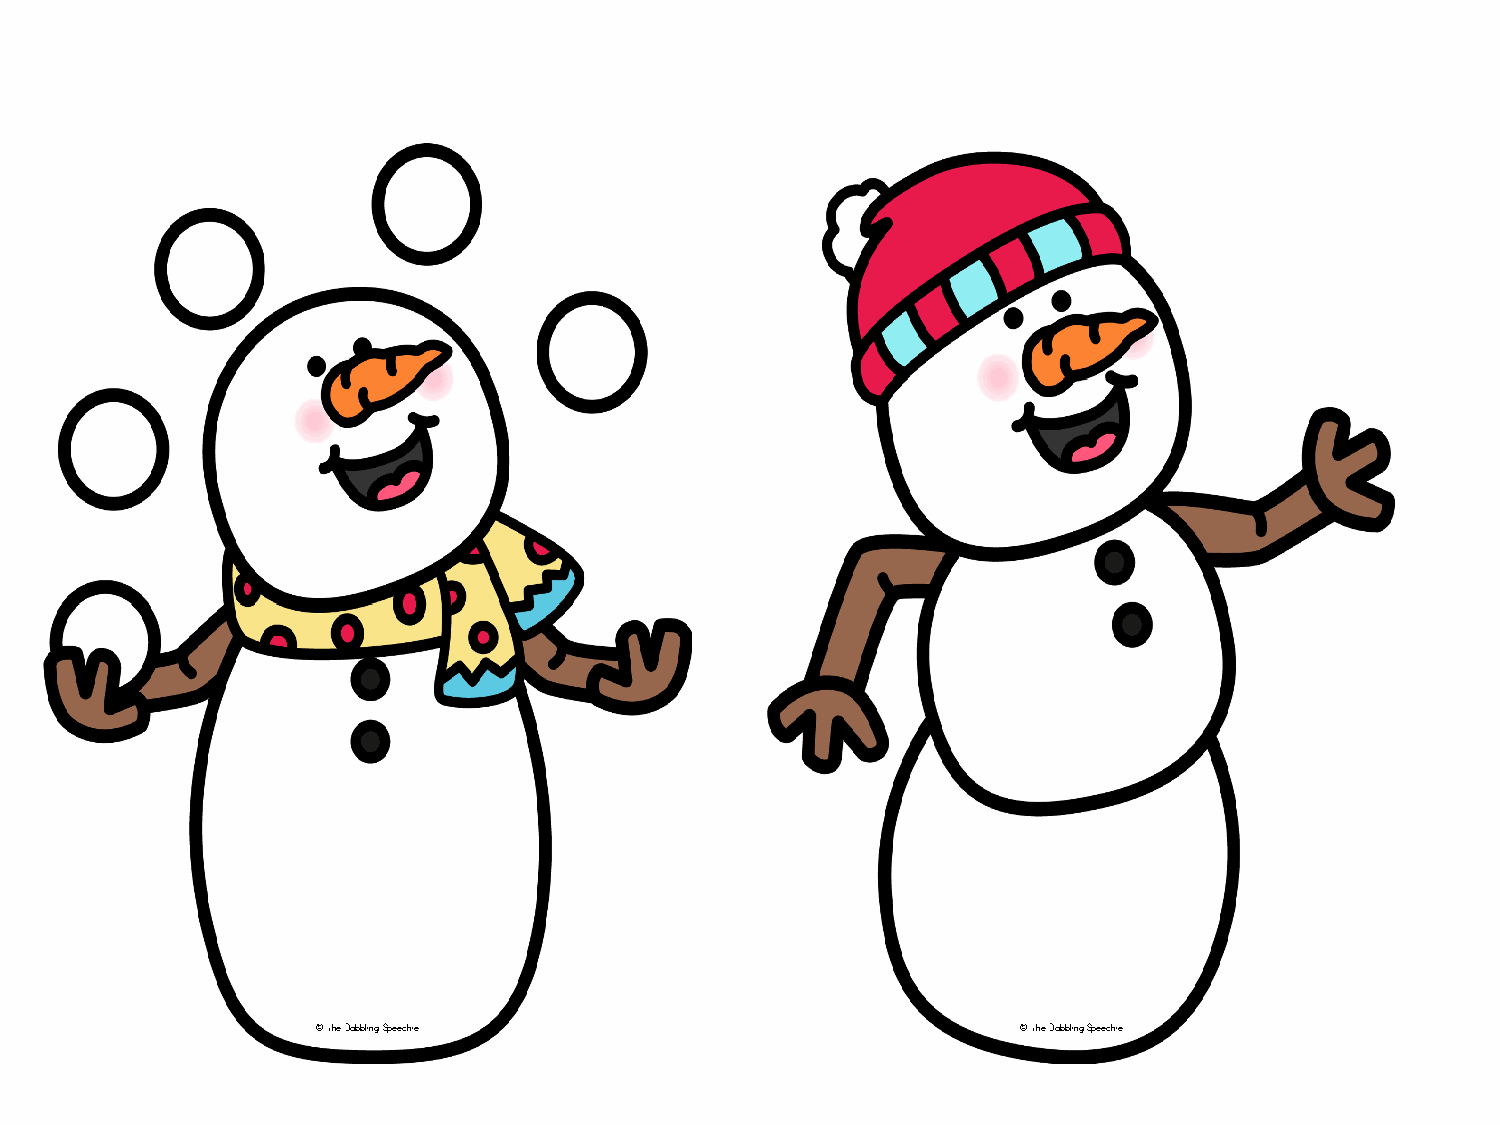
© The Dabbling Speechie                        © The Dabbling Speechie